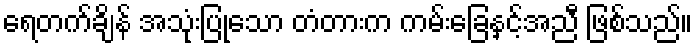
ရေတက်ချိန် အသုံးပြုသော တံတားက ကမ်းခြေနှင့်အညီ ဖြစ်သည်။